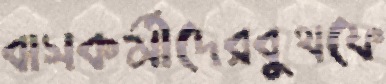
বাসকর্মীদেরবুথফে